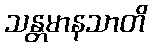
သန္တမာနသာတိ